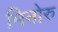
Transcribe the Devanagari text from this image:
मिनोरु